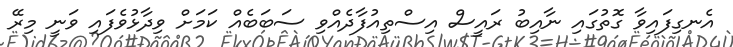
އެނގިފައިވާ ގޮތުގައި ނާއިބު ރައީސް އިސްތިއުފާދެއްވި ސަބަބެއް ކަމަށް ވިދާޅުވެފައި ވަނީ މިރޭ